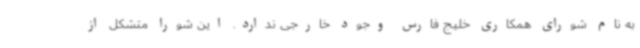
به نام شورای همکاری خلیج فارس وجود خارجی ندارد. این شورا متشکل از